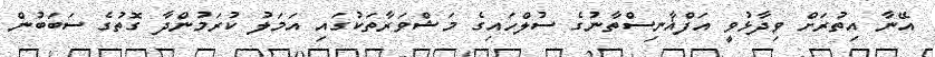
އޭނާ އިތުރަށް ވިދާޅުވީ އަފްޣާނިސްތާނުގެ ސުލްހައިގެ މަޝްވަރާތަކުގައި އަމަލު ކުރަމުންދާ ގޮތުގެ ސަބަބުން